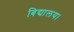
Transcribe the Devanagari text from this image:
बिद्यालय।